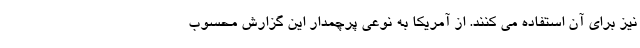
نیز برای آن استفاده می کنند. از آمریکا به نوعی پرچمدار این گزارش محسوب